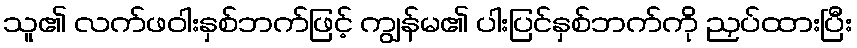
သူ၏ လက်ဖဝါးနှစ်ဘက်ဖြင့် ကျွန်မ၏ ပါးပြင်နှစ်ဘက်ကို ညှပ်ထားပြီး